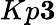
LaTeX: Kp\le 3